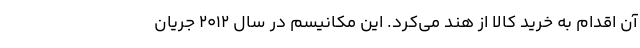
آن اقدام به خرید کالا از هند می‌کرد. این مکانیسم در سال ۲۰۱۲ جریان